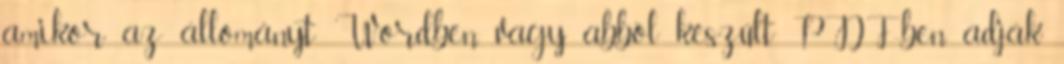
amikor az állományt Wordben vagy abból készült PDF-ben adják